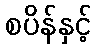
စပိန်နှင့်